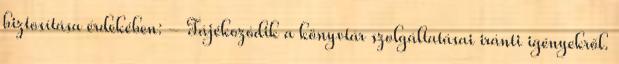
biztosítása érdekében: - Tájékozódik a könyvtár szolgáltatásai iránti igényekről.